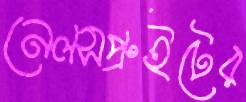
নেলসপ্রুইটের